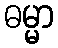
ဓမ္မာ